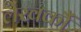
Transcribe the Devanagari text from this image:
लेखकौं